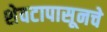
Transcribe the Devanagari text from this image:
शेवटापासूनचे